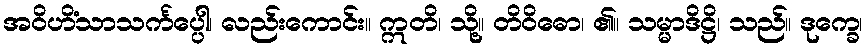
အဝိဟိံသာသင်္ကပ္ပေါ၊ လည်းကောင်း။ ဣတိ၊ သို့။ တိဝိဓော၊ ၏။ သမ္မာဒိဋ္ဌိ၊ သည်။ ဒုက္ခေ၊